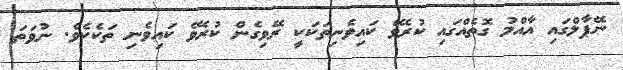
ނޭޕާލްގައި އާއްމު ގޮތެއްގައި ކުރެވޭ ކައިވެނިތަކަކީ ރޭވިގެން ކުރެވޭ ކައިވެނި ތަކެކެވެ. ނުވަތަ